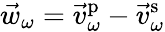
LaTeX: \vec{w}_{\omega}=\vec{v}_{\omega}^{\mathrm{p}}-\vec{v}_{\omega}^{\mathrm{s}}